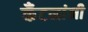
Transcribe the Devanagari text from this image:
कँटनांनी